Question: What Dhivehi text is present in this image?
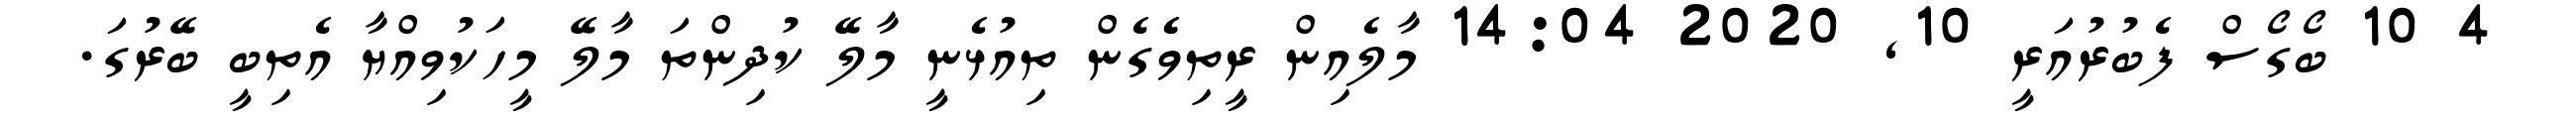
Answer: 4 10 ބޯގޯސް ފެބުރުއަރީ 10, 2020 14:04 މާލެއިން ރީތިވެެގެން ތިއުޅެނީ މާލޭ ކުދިންތަ މާލޭ މީހަކުވިއްޔާ އެތިބީ ބޭރުގަ.